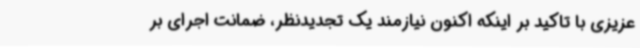
عزیزی با تاکید بر اینکه اکنون نیازمند یک تجدیدنظر، ضمانت اجرای بر